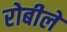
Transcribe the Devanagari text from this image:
रोबीले